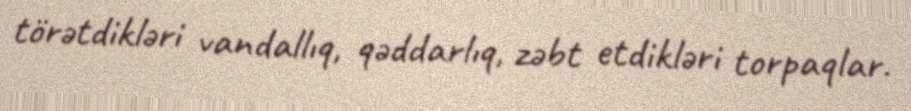
törətdikləri vandallıq, qəddarlıq, zəbt etdikləri torpaqlar.